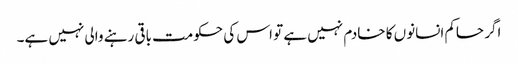
اگر حاکم انسانوں کا خادم نہیں ہے تو اس کی حکومت باقی رہنے والی نہیں ہے۔